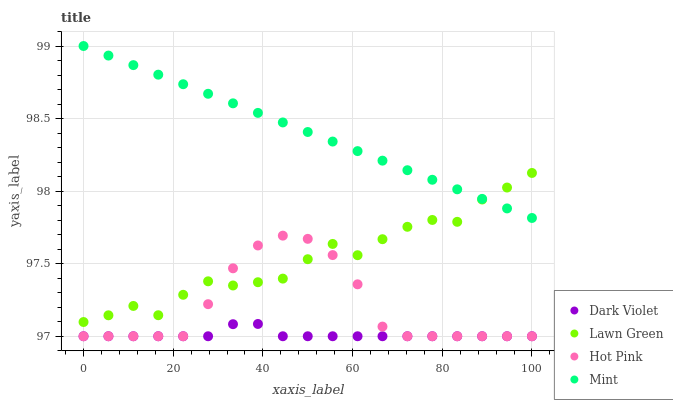
| xaxis_label | Dark Violet | Lawn Green | Hot Pink | Mint |
 | --- | --- | --- | --- | --- |
 | 0 | 97 | 97.1 | 97 | 99 |
 | 5.56 | 97 | 97.1 | 97 | 98.9 |
 | 11.1 | 97 | 97.2 | 97 | 98.9 |
 | 16.7 | 97 | 97.1 | 97 | 98.8 |
 | 22.2 | 97 | 97.3 | 97 | 98.7 |
 | 27.8 | 97 | 97.4 | 97.2 | 98.7 |
 | 33.3 | 97.1 | 97.3 | 97.5 | 98.6 |
 | 38.9 | 97.1 | 97.4 | 97.6 | 98.5 |
 | 44.4 | 97 | 97.4 | 97.7 | 98.5 |
 | 50 | 97 | 97.5 | 97.7 | 98.4 |
 | 55.6 | 97 | 97.6 | 97.6 | 98.3 |
 | 61.1 | 97 | 97.6 | 97.4 | 98.3 |
 | 66.7 | 97 | 97.7 | 97.1 | 98.2 |
 | 72.2 | 97 | 97.8 | 97 | 98.1 |
 | 77.8 | 97 | 97.8 | 97 | 98.1 |
 | 83.3 | 97 | 97.8 | 97 | 98 |
 | 88.9 | 97 | 97.9 | 97 | 97.9 |
 | 94.4 | 97 | 98 | 97 | 97.9 |
 | 100 | 97 | 98.1 | 97 | 97.8 |